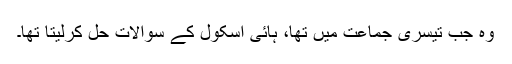
وہ جب تیسری جماعت میں تھا، ہائی اسکول کے سوالات حل کرلیتا تھا۔